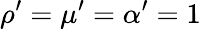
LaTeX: \rho^{\prime}=\mu^{\prime}=\alpha^{\prime}=1